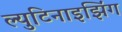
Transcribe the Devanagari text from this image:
ल्युटिनाइझिंग